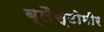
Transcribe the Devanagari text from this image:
ब्लैस्टोमीर